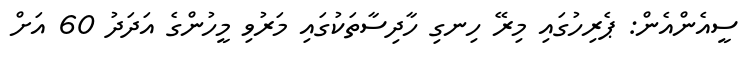
ސީއެންއެން: ޕެރިހުގައި މިރޭ ހިނގި ހާދިސާތަކުގައި މަރުވި މީހުންގެ އަދަދު 60 އަށް